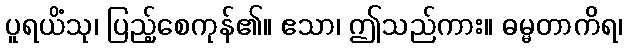
ပူရယိံသု၊ ပြည့်စေကုန်၏။ ဧသာ၊ ဤသည်ကား။ ဓမ္မတာကိရ၊